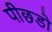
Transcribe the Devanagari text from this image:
पीछडो